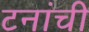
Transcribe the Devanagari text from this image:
टनांची